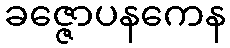
ခဇ္ဇောပနကေန